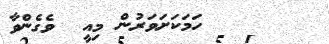
٩٥      ހަމަކަށަވަރުން މިއީ  ވެގެންވާ